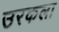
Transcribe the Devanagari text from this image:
उरकला